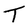
Character: T